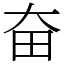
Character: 奋